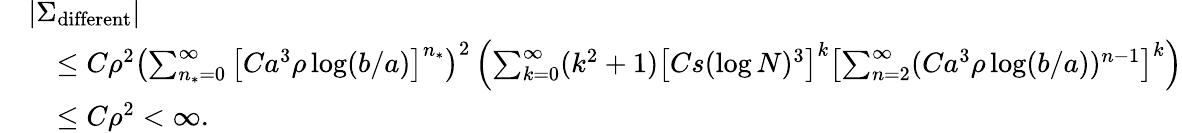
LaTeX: \begin{array}{rl}&{|\Sigma_{\textnormal{different}}|}\\ &{\quad\leq C\rho^{2}\left(\sum_{n_{*}=0}^{\infty}\left[Ca^{3}\rho\log(b/a)\right]^{n_{*}}\right)^{2}\left(\sum_{k=0}^{\infty}(k^{2}+1)\left[Cs(\log N)^{3}\right]^{k}\left[\sum_{n=2}^{\infty}(Ca^{3}\rho\log(b/a))^{n-1}\right]^{k}\right)}\\ &{\quad\leq C\rho^{2}<\infty.}\end{array}